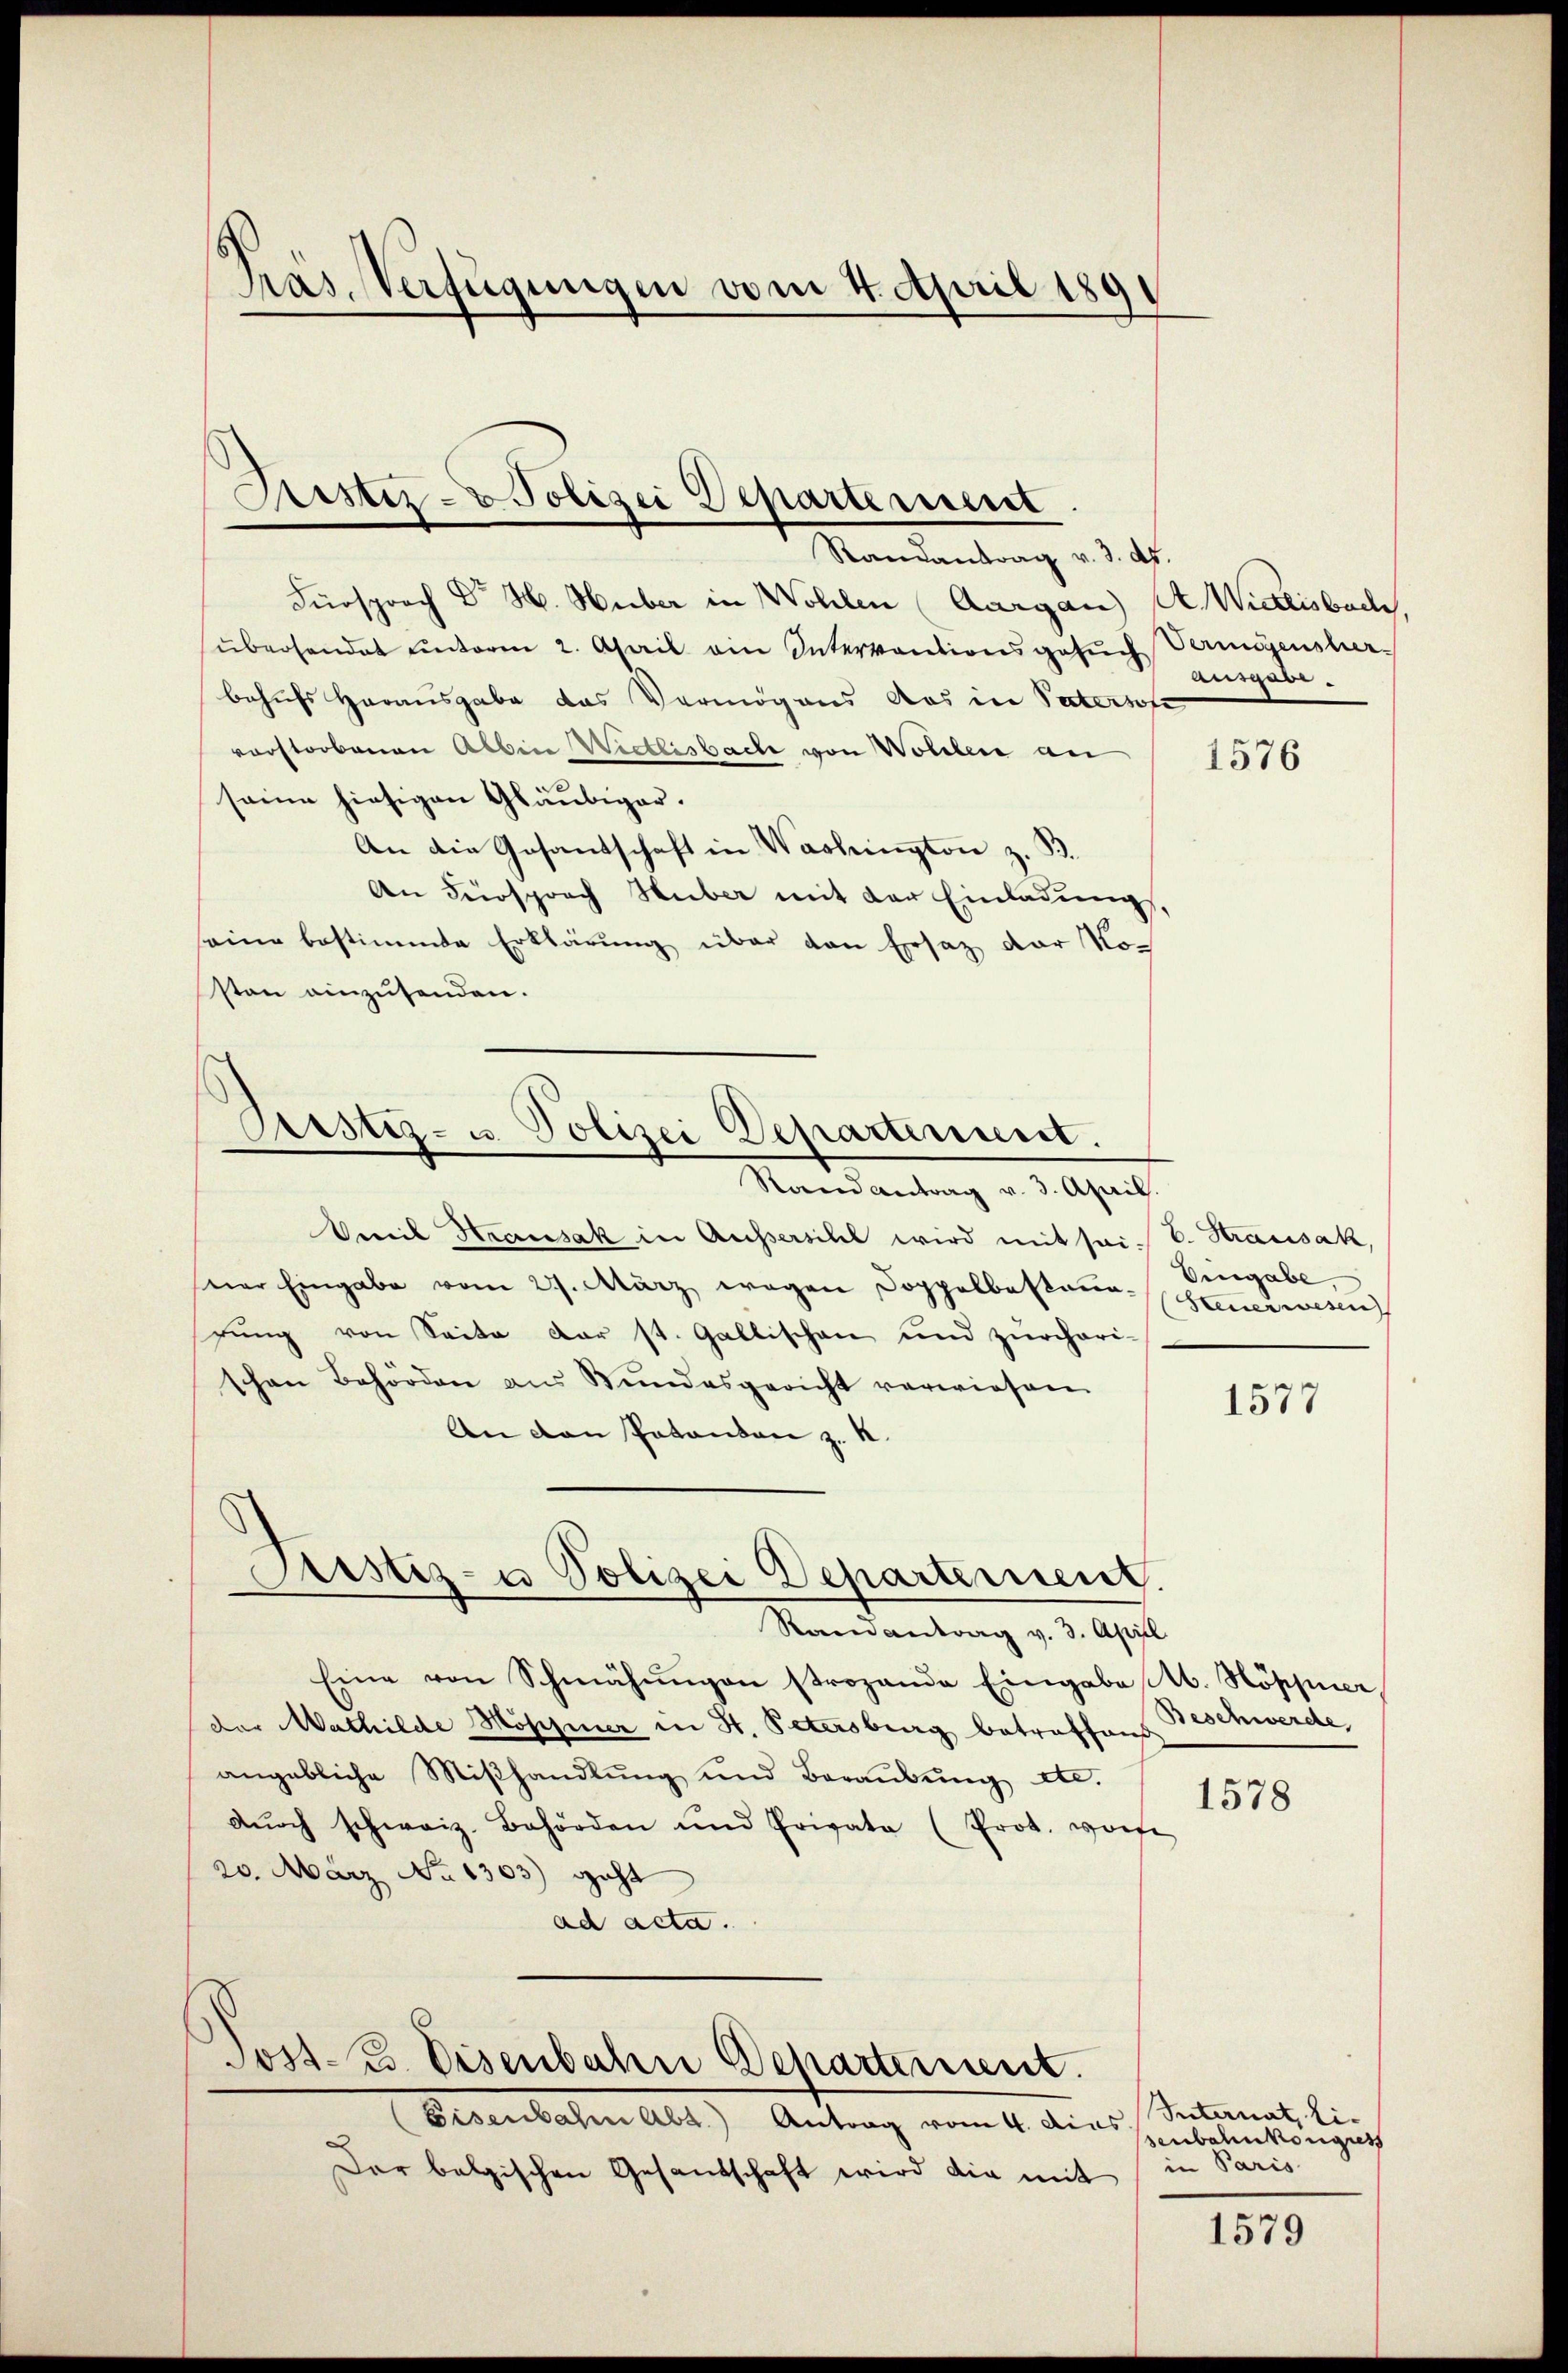
Präs. Verfügungen vom 4. April 189

Kister- & Polizei Departement.

Randantrag v. 3. d.
Fürsprach Dr H. Huber in Wohlen (Aargau) A. Wietlisbach,
überhandet unterm 2. April ain Interventionsgesuch Vermögensherbehufs Herausgabe das Vermögens das in Vatersfe
vorstorbenen Abbin Wietlisbache von Wollen an
seine hiesigen Gläubiger.
An die Gesandschaft in Washington z. B.
An Fürsprach Huber mit der Einladung,
seine bestimmte Erklärung über den Ersatz der Vor
sten einzusenden.

Pustiz- u. Polizei Departement.

Stand antrag v. 3. April.
Vereit Hausak in Aussersihl wird mit sei. E. Stransak,
seer Eingabe vom 27. März wegen Doppelbestan-
gung von Seite der st. Gallischen und zürchari-
schen Behörden aus Bŭndesgericht verwiesen
An den Patenten z. K.
Randantrag v. 3. April
Eine von Schmähungen strozande Eingabe . Höppner
der Mathilde Mosiner in St. Petersburg betreffen Beschwerde
angebliche Miβhandlŭng und Baraŭbŭng etc.
dŭrch schweiz. Behörden und Privata (Prot. worfe
20. März No. 1303) geht
ad acta.
Jost-E. Eisenbahn Departement.
Eisenbahn Abs.) Antrag vom 4. dies
Der belgischen Gesandschaft wird die mit

Justiz- u Polizei Departement.

Ausgabe.

1576

Eingabe
Steuerwesen

1577

1578

Internat, lie
senbahnkongress
in Paris

1579